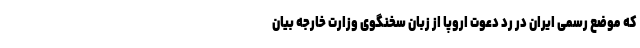
که موضع رسمی ایران در رد دعوت اروپا از زبان سخنگوی وزارت خارجه بیان